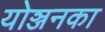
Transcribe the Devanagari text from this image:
योञ्जनका